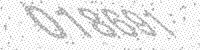
Solution: 018691